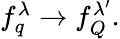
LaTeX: \begin{array}{r}{f_{q}^{\lambda}\to f_{Q}^{\lambda^{\prime}}.}\end{array}